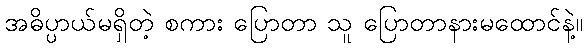
အဓိပ္ပာယ်မရှိတဲ့ စကား ပြောတာ သူ ပြောတာနားမထောင်နဲ့။